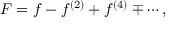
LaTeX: F = f - f ^ { ( 2 ) } + f ^ { ( 4 ) } \mp \cdots ,